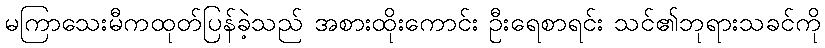
မကြာသေးမီကထုတ်ပြန်ခဲ့သည် အစားထိုးကောင်း ဦးရေစာရင်း သင်၏ဘုရားသခင်ကို